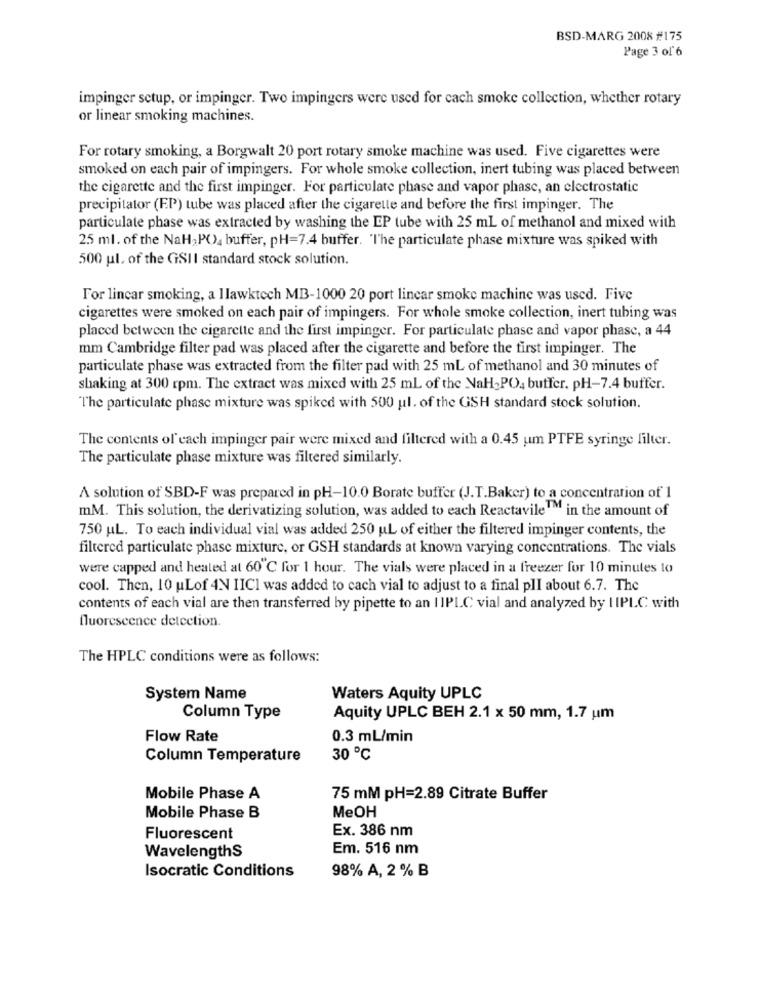
BSD-MARG 2008 #175
Page 3 of 6
impinger setup, or impinger. Two impingers were used for cach smoke collection, whether rotary
or linear smoking machines.
For rotary smoking, a Borgwalt 20 port rotary smoke machine was used. Five cigarettes were
smoked on each pair of impingers. For whole smoke collection, inert tubing was placed between
the cigarette and the first impinger. For particulate phase and vapor phase, an electrostatic
precipitator (EP) tube was placed after the cigarette and before the first impinger. The
particulate phase was extracted by washing the EP tube with 25 mL of methanol and mixed with
25 ml. of the NaH, PO, buffer, pH=7.4 buffer. "The particulate phase mixture was spiked with
500 ul. of the GSII standard stock solution.
For lincar smoking, a Ilawktech MB-1000 20 port linear smoke machine was used. Five
cigarettes were smoked on each pair of impingers. For whole smoke collection, inert tubing was
placed between the cigarette and the first impinger. For particulate phase and vapor phase, a 44
mm Cambridge filter pad was placed after the cigarette and before the first impinger. The
particulate phase was extracted from the filter pad with 25 ml of methanol and 30 minutes of
shaking at 300 rpm. The extract was mixed with 25 ml of the NaH-PO, butfer. pH-7.4 buffer.
The particulate phase mixture was spiked with 500 ul. of the GSH standard stock solution.
The contents of each impinger pair were mixed and filtered with a 0.45 um PTFE syringe filter.
The particulate phase mixture was filtered similarly.
A solution of SBD-F was prepared in pH-10.0 Borate buffer (J.T.Baker) to a concentration of 1
mM. This solution, the derivatizing solution, was added to each Reactavile" in the amount of
750 uL. To each individual vial was added 250 uL of either the filtered impinger contents, the
filtered particulate phase mixture, or GSH standards at known varying concentrations. The vials
were capped and heated at 60℃ for 1 hour. The vials were placed in a freezer for 10 minutes to
cool. Then, 10 uLof 4N IICI was added to cach vial to adjust to a final plI about 6.7. The
contents of each vial are then transferred by pipette to an 1 IPLC vial and analyzed by I IPLC with
fluorescence detection.
The HPLC conditions were as follows:
System Name
Waters Aquity UPLC
Column Type
Aquity UPLC BEH 2.1 x 50 mm, 1.7 um
Flow Rate
0.3 mL/min
Column Temperature
30 ℃
Mobile Phase A
75 mM pH=2.89 Citrate Buffer
MeOH
Mobile Phase B
Ex. 386 nm
Fluorescent
Em. 516 nm
WavelengthS
Isocratic Conditions
98% A, 2 % B